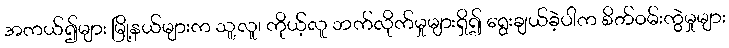
အကယ်၍များ မြို့နယ်များက သူ့လူ၊ ကိုယ့်လူ ဘက်လိုက်မှုများရှိ၍ ရွေးချယ်ခဲ့ပါက စိတ်ဝမ်းကွဲမှုများ